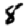
Digit: 8